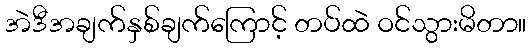
အဲဒီအချက်နှစ်ချက်ကြောင့် တပ်ထဲ ဝင်သွားမိတာ။